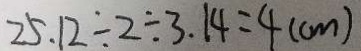
2 5 . 1 2 \div 2 \div 3 . 1 4 = 4 ( c m )